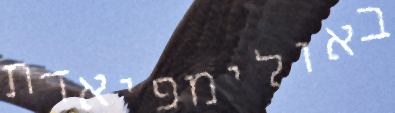
באולימפיאדת